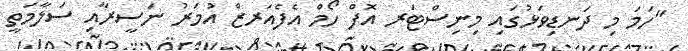
"ހަމަ މި ދަނޑިވަޅުގައި މިނިސްޓަރ އޮފް ހޯމް އެފެއަރޒް އުމަރު ނަސީރާއި ސަލާމަތީ